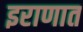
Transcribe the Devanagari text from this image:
इराणात